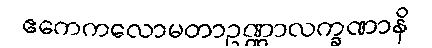
ဧကေကလောမတာဥဏ္ဏာလက္ခဏာနိ